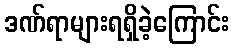
ဒဏ်ရာများရရှိခဲ့ကြောင်း